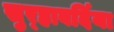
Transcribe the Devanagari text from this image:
सुर्‍हावर्दिया